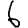
Digit: 6